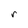
Character: r